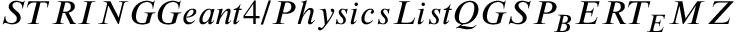
S T R I N G G e a n t 4 / P h y s i c s L i s t Q G S P _ { B } E R T _ { E } M Z